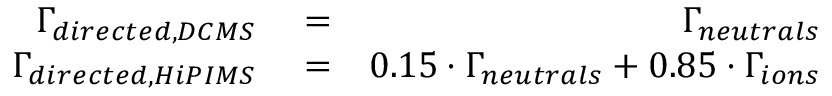
\begin{array} { r l r } { \Gamma _ { d i r e c t e d , D C M S } } & { { } = } & { \Gamma _ { n e u t r a l s } } \\ { \Gamma _ { d i r e c t e d , H i P I M S } } & { { } = } & { 0 . 1 5 \cdot \Gamma _ { n e u t r a l s } + 0 . 8 5 \cdot \Gamma _ { i o n s } } \end{array}